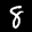
Label: 8